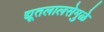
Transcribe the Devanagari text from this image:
द्यूतलालसेमुळे